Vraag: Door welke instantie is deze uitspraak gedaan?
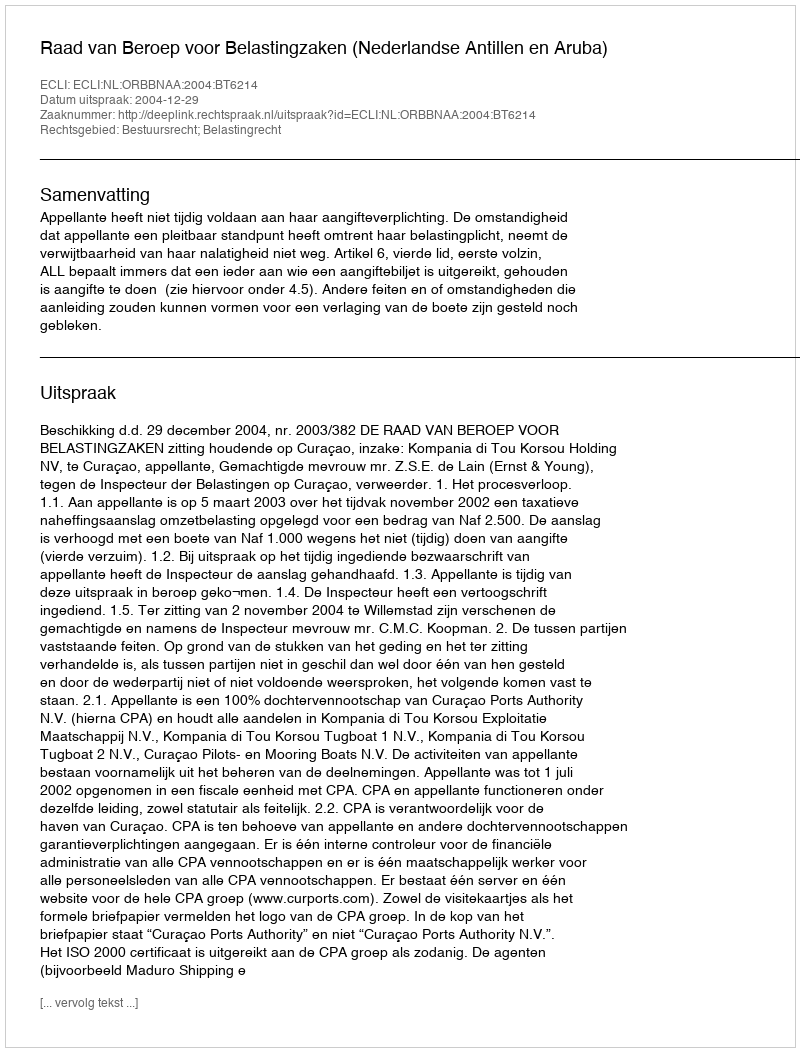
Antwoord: Raad van Beroep voor Belastingzaken (Nederlandse Antillen en Aruba)